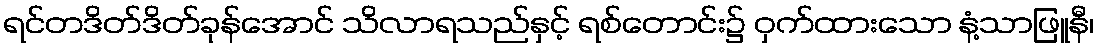
ရင်တဒိတ်ဒိတ်ခုန်အောင် သိလာရသည်နှင့် ရစ်တောင်း၌ ဝှက်ထားသော နံ့သာဖြူနီ၊